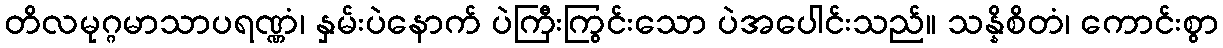
တိလမုဂ္ဂမာသာပရဏ္ဏံ၊ နှမ်းပဲနောက် ပဲကြီးကြွင်းသော ပဲအပေါင်းသည်။ သန္နိစိတံ၊ ကောင်းစွာ